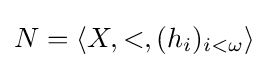
N=\langle X,<,(h_{i})_{i<\omega }\rangle